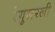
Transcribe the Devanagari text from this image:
रेगुलरली